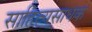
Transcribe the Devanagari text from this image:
साहित्यसाधक